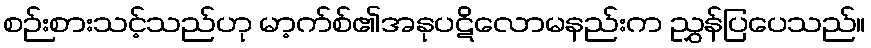
စဉ်းစားသင့်သည်ဟု မာ့က်စ်၏အနုပဋိလောမနည်းက ညွှန်ပြပေသည်။